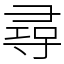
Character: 尋